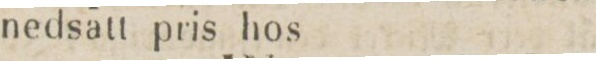
nedsatt pris bos